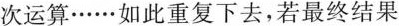
次运算……如此重复下去，若最终结果